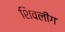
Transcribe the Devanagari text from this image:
शिवलींग